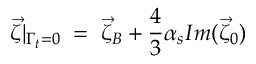
\vec { \zeta } | _ { \Gamma _ { t } = 0 } \; = \; \vec { \zeta } _ { B } + \frac { 4 } { 3 } \alpha _ { s } I m ( \vec { \zeta } _ { 0 } )